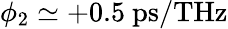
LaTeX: \phi_{2}\simeq+0.5\ \mathrm{ps/THz}